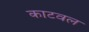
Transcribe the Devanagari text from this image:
काटवल